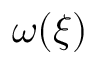
\omega ( \xi )